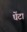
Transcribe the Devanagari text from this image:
घेंटा